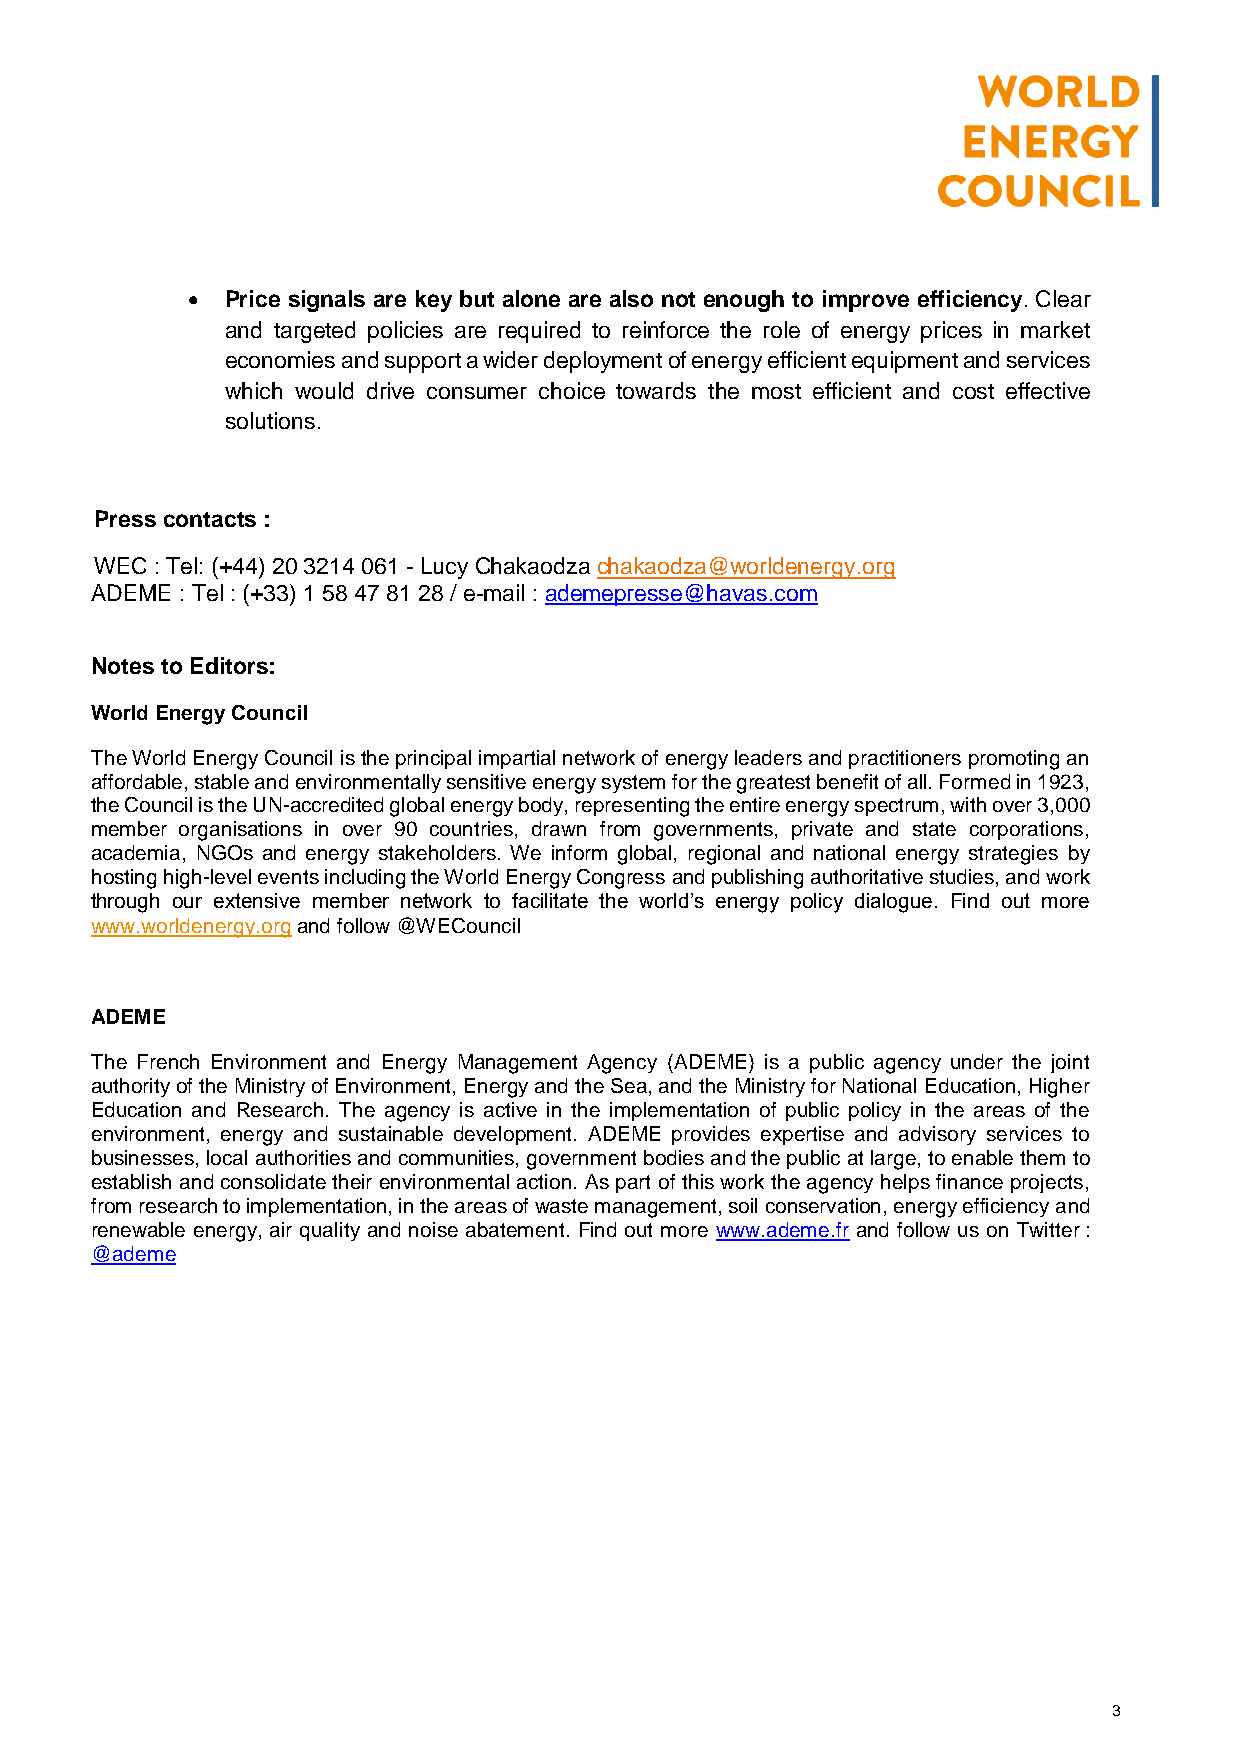
  Price signals are key but alone are also not enough to improve efficiency. Clear
 and targeted policies are required to reinforce the role of energy prices in market
 economies and support a wider deployment of energy efficient equipment and services
 which would drive consumer choice towards the most efficient and cost effective
 solutions.
 Press contacts :
 WEC : Tel: (+44) 20 3214 061 - Lucy Chakaodza chakaodza@worldenergy.org
 ADEME : Tel : (+33) 1 58 47 81 28 / e-mail : ademepresse@havas.com
 Notes to Editors:
 World Energy Council
 The World Energy Council is the principal impartial network of energy leaders and practitioners promoting an
 affordable, stable and environmentally sensitive energy system for the greatest benefit of all. Formed in 1923,
 the Council is the UN-accredited global energy body, representing the entire energy spectrum, with over 3,000
 member organisations in over 90 countries, drawn from governments, private and state corporations,
 academia, NGOs and energy stakeholders. We inform global, regional and national energy strategies by
 hosting high-level events including the World Energy Congress and publishing authoritative studies, and work
 through our extensive member network to facilitate the world’s energy policy dialogue. Find out more
 www.worldenergy.org and follow @WECouncil
 ADEME
 The French Environment and Energy Management Agency (ADEME) is a public agency under the joint
 authority of the Ministry of Environment, Energy and the Sea, and the Ministry for National Education, Higher
 Education and Research. The agency is active in the implementation of public policy in the areas of the
 environment, energy and sustainable development. ADEME provides expertise and advisory services to
 businesses, local authorities and communities, government bodies and the public at large, to enable them to
 establish and consolidate their environmental action. As part of this work the agency helps finance projects,
 from research to implementation, in the areas of waste management, soil conservation, energy efficiency and
 renewable energy, air quality and noise abatement. Find out more www.ademe.fr and follow us on Twitter :
 @ademe
 3